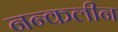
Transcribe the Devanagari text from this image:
नन्कलीन